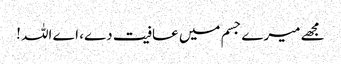
مجھے میرے جسم میں عافیت دے، اے اللہ !